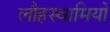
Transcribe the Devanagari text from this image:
लौहस्वामियों